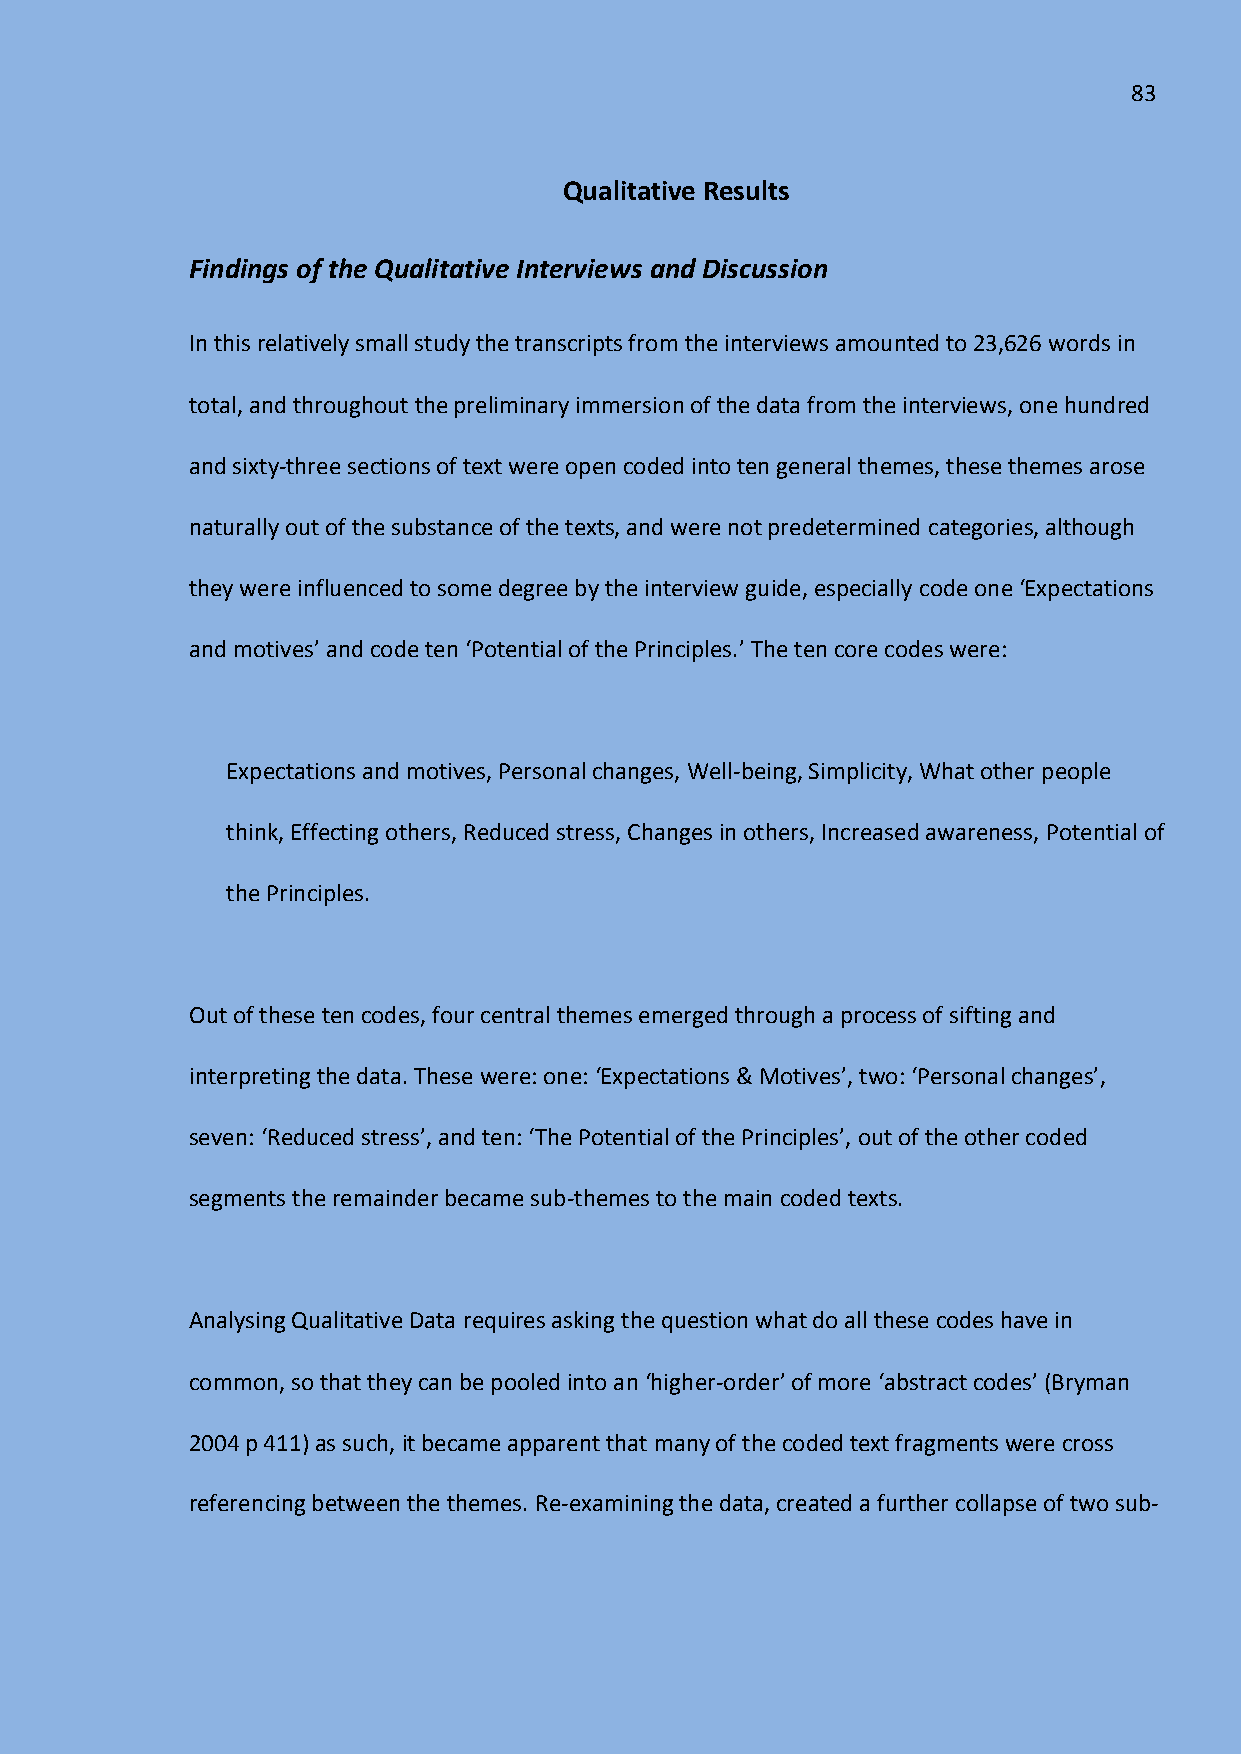
83
 Qualitative Results
 Findings of the Qualitative Interviews and Discussion
 In this relatively small study the transcripts from the interviews amounted to 23,626 words in
 total, and throughout the preliminary immersion of the data from the interviews, one hundred
 and sixty-three sections of text were open coded into ten general themes, these themes arose
 naturally out of the substance of the texts, and were not predetermined categories, although
 they were influenced to some degree by the interview guide, especially code one ‘Expectations
 and motives’ and code ten ‘Potential of the Principles.’ The ten core codes were:
 Expectations and motives, Personal changes, Well-being, Simplicity, What other people
 think, Effecting others, Reduced stress, Changes in others, Increased awareness, Potential of
 the Principles.
 Out of these ten codes, four central themes emerged through a process of sifting and
 interpreting the data. These were: one: ‘Expectations & Motives’, two: ‘Personal changes’,
 seven: ‘Reduced stress’, and ten: ‘The Potential of the Principles’, out of the other coded
 segments the remainder became sub-themes to the main coded texts.
 Analysing Qualitative Data requires asking the question what do all these codes have in
 common, so that they can be pooled into an ‘higher-order’ of more ‘abstract codes’ (Bryman
 2004 p 411) as such, it became apparent that many of the coded text fragments were cross
 referencing between the themes. Re-examining the data, created a further collapse of two sub-